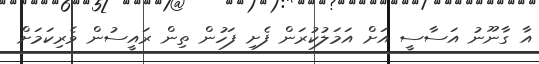
އާ ގާނޫނު އަސާސީ އަށް އަމަލުކުރަން ފެށި ފަހުން ތިން ރައީސުން ވެރިކަމަށް